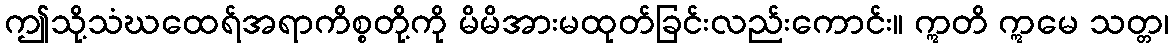
ဤသို့သံဃထေရ်အရာကိစ္စတို့ကို မိမိအားမထုတ်ခြင်းလည်းကောင်း။ ဣတိ ဣမေ သတ္တ၊